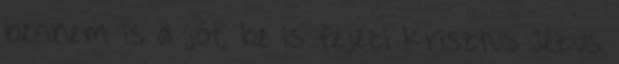
bennem is a jót, be is fejezi Krisztus Jézus